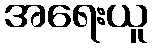
အရေးယူ